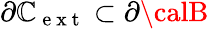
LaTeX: \partial{\mathbb{C}}_{\mathrm{{~e~x~t~}}}\subset{\partial{\calB}}